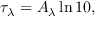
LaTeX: \tau _ { \lambda } = A _ { \lambda } \ln 1 0 ,